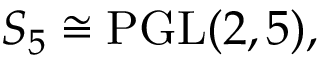
S _ { 5 } \cong \operatorname { P G L } ( 2 , 5 ) ,